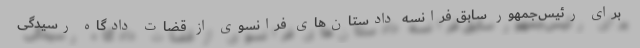
برای رئیس‌جمهور سابق فرانسه دادستان‌های فرانسوی از قضات دادگاه رسیدگی